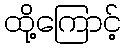
ထို့ကြောင့်